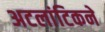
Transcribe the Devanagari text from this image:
अटलांटिकने